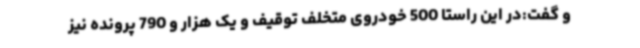
و گفت:در این راستا 500 خودروی متخلف توقیف و یک هزار و 790 پرونده نیز